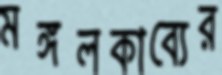
মঙ্গলকাব্যের